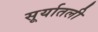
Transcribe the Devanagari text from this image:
सूर्यातली